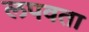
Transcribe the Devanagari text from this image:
लपवता